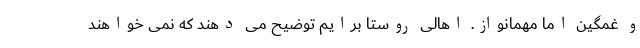
و غمگین اما مهمانواز. اهالی روستا برایم توضیح می دهند که نمی خواهند